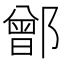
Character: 鄫